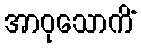
အာဝုသောကိံ